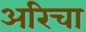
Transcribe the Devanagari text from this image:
अरिचा